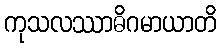
ကုသလဿာဓိဂမာယာတိ